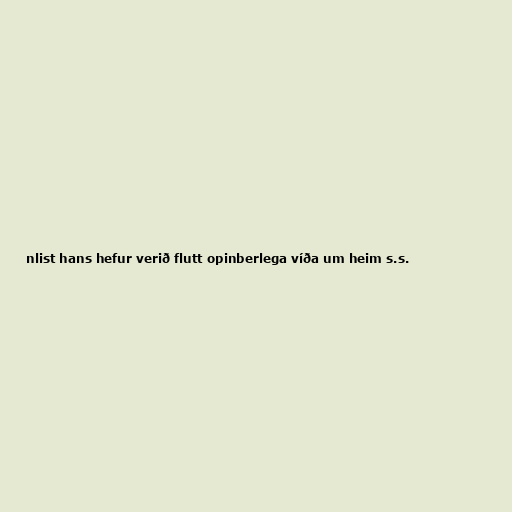
nlist hans hefur verið flutt opinberlega víða um heim s.s.